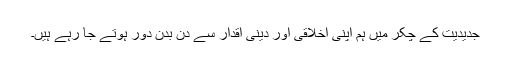
جدیدیت کے چکر میں ہم اپنی اخلاقی اور دینی اقدار سے دن بدن دور ہوتے جا رہے ہیں۔